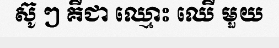
ស៊ូ ៗ គឺជា ឈ្មោះ ឈើ មួយ